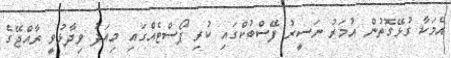
އެމަކާ ގުޅޭގޮތުން އުމަރު ނަސީރު ފޭސްބުކްގައި ކުރި ޕޯސްޓެއްގައި މިއަދު ވިދާޅުވީ ރާއްޖޭގެ